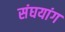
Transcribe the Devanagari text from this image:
संघयांग